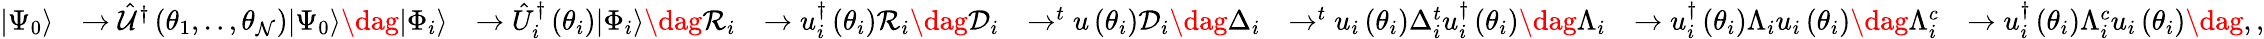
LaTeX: \begin{array}{rlrlrlrl}{\vert\Psi_{0}\rangle}&{\rightarrow\hat{\mathcal{U}}^{\dagger}\left(\theta_{1},..,\theta_{\mathcal{N}}\right)\vert\Psi_{0}\rangle\dag\vert\Phi_{i}\rangle}&{\rightarrow\hat{U}_{i}^{\dagger}\left(\theta_{i}\right)\vert\Phi_{i}\rangle\dag\mathcal{R}_{i}}&{\rightarrow u_{i}^{\dagger}\left(\theta_{i}\right)\mathcal{R}_{i}\dag\mathcal{D}_{i}}&{\rightarrow^{t}u\left(\theta_{i}\right)\mathcal{D}_{i}\dag\Delta_{i}}&{\rightarrow^{t}u_{i}\left(\theta_{i}\right)\Delta_{i}^{t}u_{i}^{\dagger}\left(\theta_{i}\right)\dag\Lambda_{i}}&{\rightarrow u_{i}^{\dagger}\left(\theta_{i}\right)\Lambda_{i}u_{i}\left(\theta_{i}\right)\dag\Lambda_{i}^{c}}&{\rightarrow u_{i}^{\dagger}\left(\theta_{i}\right)\Lambda_{i}^{c}u_{i}\left(\theta_{i}\right)\dag,,}\end{array}